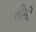
તીમો